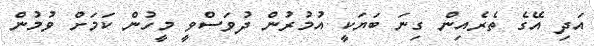
އަދި އޭގެ ތެރެއިން ގިނަ ބަޔަކީ އުމުރުން ދުވަސްވީ މީހުން ކަމަށް ވުމުން